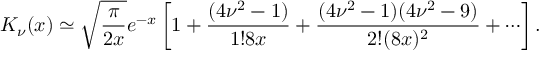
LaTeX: K _ { \nu } ( x ) \simeq \sqrt { \frac { \pi } { 2 x } } e ^ { - x } \left[ 1 + \frac { ( 4 \nu ^ { 2 } - 1 ) } { 1 ! 8 x } + \frac { ( 4 \nu ^ { 2 } - 1 ) ( 4 \nu ^ { 2 } - 9 ) } { 2 ! ( 8 x ) ^ { 2 } } + \cdots \right] .